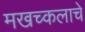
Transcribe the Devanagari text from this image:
मखच्कलाचे